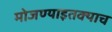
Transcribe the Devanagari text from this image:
मोजण्याइतक्याच